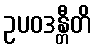
ဥပဝဒန္တီတိ